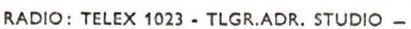
RADIO: TELEX 1023 - TLGR.ADR. STUDIO -